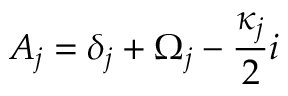
A _ { j } = \delta _ { j } + \Omega _ { j } - \frac { \kappa _ { j } } { 2 } i